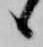
候